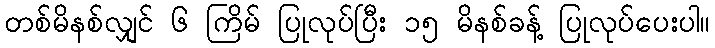
တစ်မိနစ်လျှင် ၆ ကြိမ် ပြုလုပ်ပြီး ၁၅ မိနစ်ခန့် ပြုလုပ်ပေးပါ။